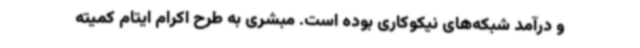
و درآمد شبکه‌های نیکوکاری بوده است. مبشری به طرح اکرام ایتام کمیته